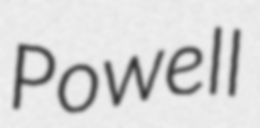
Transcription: Powell